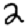
Digit: 2